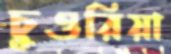
চুওরিয়া